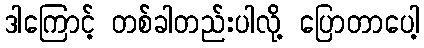
ဒါကြောင့် တစ်ခါတည်းပါလို့ ပြောတာပေါ့